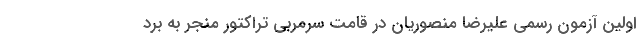
اولین آزمون رسمی علیرضا منصوریان در قامت سرمربی تراکتور منجر به برد